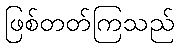
ဖြစ်တတ်ကြသည်